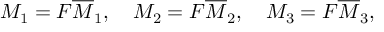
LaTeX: M _ { 1 } = F \overline { { { M } } } _ { 1 } , \ \ \ M _ { 2 } = F \overline { { { M } } } _ { 2 } , \ \ \ M _ { 3 } = F \overline { { { M } } } _ { 3 } ,